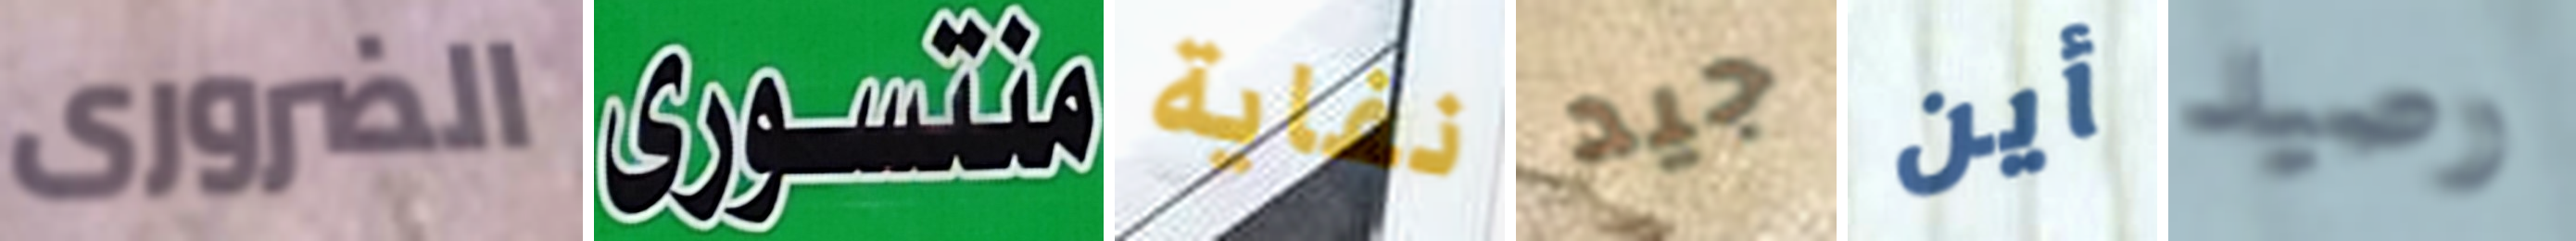
الضرورى منتسورى نفاية جيد أين رصيد